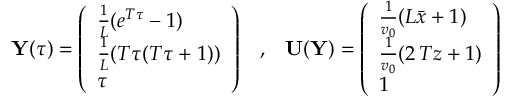
{ \mathbf Y } ( \tau ) = \left( \begin{array} { l } { \frac { 1 } { L } ( e ^ { T \tau } - 1 ) } \\ { \frac { 1 } { L } ( T \tau ( T \tau + 1 ) ) } \\ { \tau } \end{array} \right) \; \; \; , \; \; \; { \mathbf U } ( { \mathbf Y } ) = \left( \begin{array} { l } { \frac { 1 } { v _ { 0 } } ( L \bar { x } + 1 ) } \\ { \frac { 1 } { v _ { 0 } } ( 2 \, T z + 1 ) } \\ { 1 } \end{array} \right)